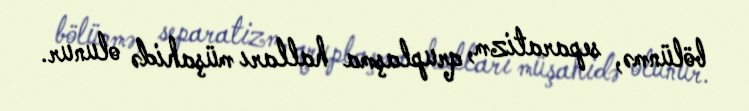
bölünmə, separatizm, qruplaşma halları müşahidə olunur.